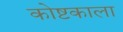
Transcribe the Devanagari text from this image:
कोष्टकाला